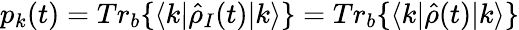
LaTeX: p_{k}(t)=Tr_{b}\{ \langle k|\hat{\rho}_{I}(t)|k\rangle\} =Tr_{b}\{ \langle k|\hat{\rho}(t)|k\rangle\}